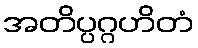
အတိပ္ပဂ္ဂဟိတံ